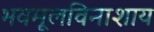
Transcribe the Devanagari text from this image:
भवमूलविनाशाय